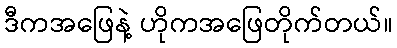
ဒီကအဖြေနဲ့ ဟိုကအဖြေတိုက်တယ်။